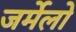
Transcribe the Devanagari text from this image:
जर्मेलो